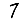
Digit: 7